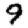
Digit: 9